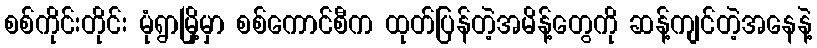
စစ်ကိုင်းတိုင်း မုံရွာမြို့မှာ စစ်ကောင်စီက ထုတ်ပြန်တဲ့အမိန့်တွေကို ဆန့်ကျင်တဲ့အနေနဲ့